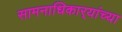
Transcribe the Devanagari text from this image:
सामनाधिकार्‍यांच्या